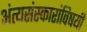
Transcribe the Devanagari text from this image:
अंत्यसंस्कारांविषयी